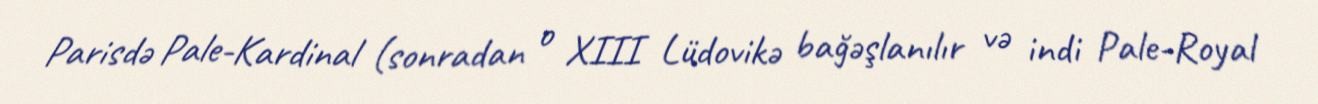
Parisdə Pale-Kardinal (sonradan o XIII Lüdovikə bağəşlanılır və indi Pale-Royal